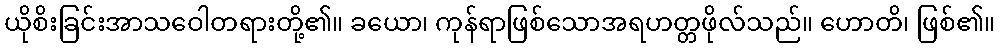
ယိုစိးခြင်းအာသဝေါတရားတို့၏။ ခယော၊ ကုန်ရာဖြစ်သောအရဟတ္တဖိုလ်သည်။ ဟောတိ၊ ဖြစ်၏။